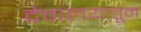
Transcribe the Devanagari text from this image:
देवालयातून